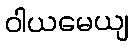
ဝါယမေယျ